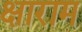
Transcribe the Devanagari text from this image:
क्षाराम